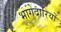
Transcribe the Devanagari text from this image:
भागेदारियों